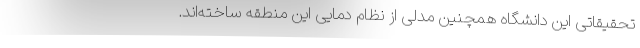
تحقیقاتی این دانشگاه همچنین مدلی از نظام دمایی این منطقه ساخته‌اند.